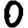
Digit: 0